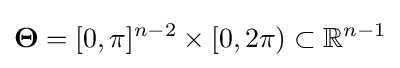
{\boldsymbol {\Theta }}=[0,\pi ]^{n-2}\times [0,2\pi )\subset \mathbb {R} ^{n-1}